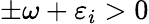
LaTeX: \pm\omega+\varepsilon_{i}>0